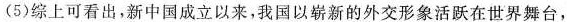
(5)综上可看出，新中国成立以来，我国以崭新的外交形象活跃在世界舞台，